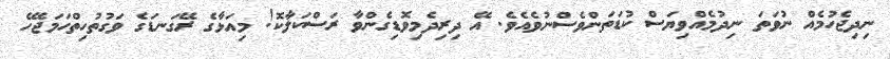
ނިދިޖެހުމެއް ނުވަތަ ނިދުމެއްވިޔަސް ކުޑަތަންވެސްނުވެއެވެ. އޭ ދިރިދެމިވޮޑިގެންވާ ރަސްކަލާކޮ! މިއަޅާގެ ރޭގަނޑަގެ ވަގުތުހިތްހަމަޖެހޭ